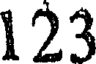
123